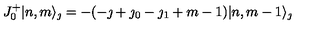
J _ { 0 } ^ { + } | n , m \rangle _ { \jmath } = - ( - \jmath + \jmath _ { 0 } - \jmath _ { 1 } + m - 1 ) | n , m - 1 \rangle _ { \jmath }